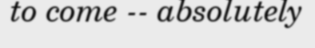
to come -- absolutely